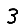
Digit: 3